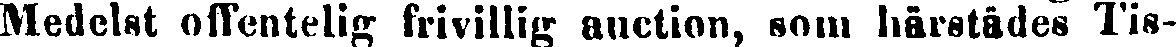
Medelst offentelig frivillig auction, som härstädes Tis-